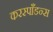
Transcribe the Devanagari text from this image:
करस्पाँडन्स